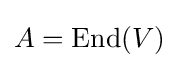
A=\mathrm {End} (V)